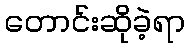
တောင်းဆိုခဲ့ရာ